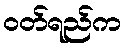
ဝတ်ရည်က